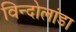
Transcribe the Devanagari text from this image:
विन्दोलांडा